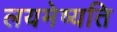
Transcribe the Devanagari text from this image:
लयमेष्यति